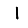
Digit: 1